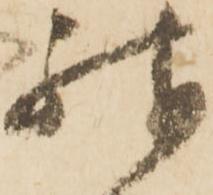
殊